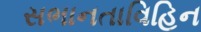
સભાનતાવિહિન